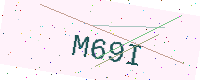
Text: M69I